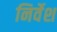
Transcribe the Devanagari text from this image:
निर्वेश